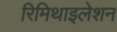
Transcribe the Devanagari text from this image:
रिमिथाइलेशन